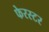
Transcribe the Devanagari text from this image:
फेरस्टर